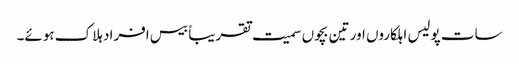
سات پولیس اہلکاروں اور تین بچوں سمیت تقریباً بیس افراد ہلاک ہوئے۔